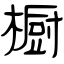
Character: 橱